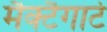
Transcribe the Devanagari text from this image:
मैक्टैगार्ट